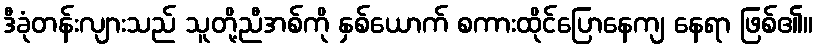
ဒီခုံတန်းလျားသည် သူတို့ညီအစ်ကို နှစ်ယောက် စကားထိုင်ပြောနေကျ နေရာ ဖြစ်၏။